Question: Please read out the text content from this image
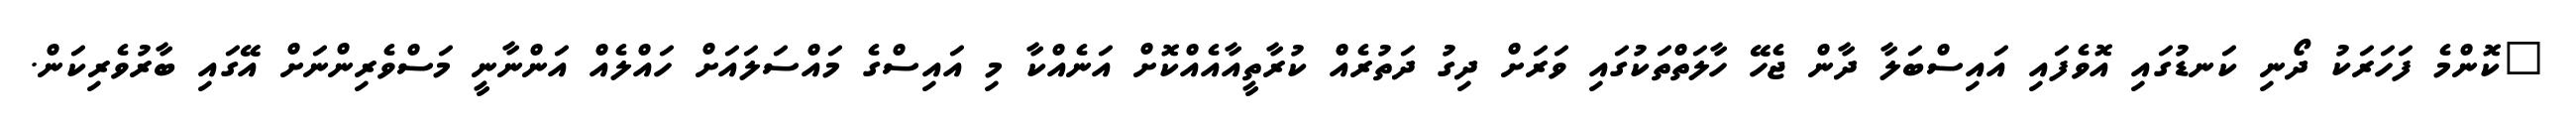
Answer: "ކޮންމެ ފަހަރަކު ދޯނި ކަނޑުގައި އޮވެފައި އައިސްބަލާ ދާން ޖެހޭ ހާލަތްތަކުގައި ވަރަށް ދިގު ދަތުރެއް ކުރާތީއާއެއްކޮށް އަނެއްކާ މި އައިސްގެ މައްސަލައަށް ހައްލެއް އަންނާނީ މަސްވެރިންނަށް އޭގައި ބާރުވެރިކަން.